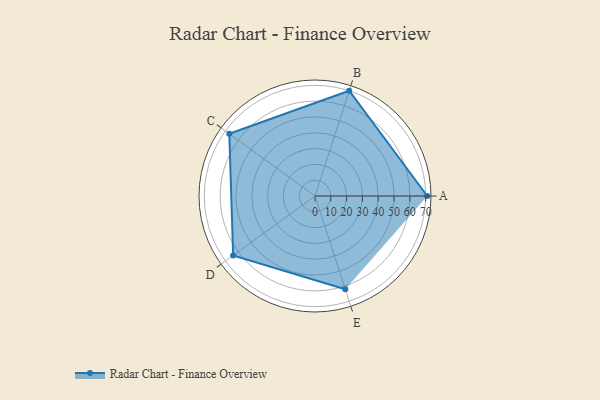
{"axis": {"x": "Skill", "y": "Score"}, "legend": ["Profile"], "data": [{"x": "A", "y": 71.0, "type": "Profile"}, {"x": "B", "y": 70.0, "type": "Profile"}, {"x": "C", "y": 67.0, "type": "Profile"}, {"x": "D", "y": 64.0, "type": "Profile"}, {"x": "E", "y": 62.0, "type": "Profile"}]}